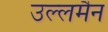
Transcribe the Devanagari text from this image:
उल्लमैन